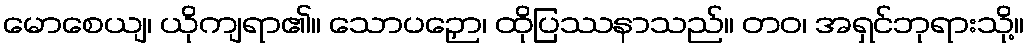
မောစေယျ၊ ယိုကျရာ၏။ သောပဉှော၊ ထိုပြဿနာသည်။ တဝ၊ အရှင်ဘုရားသို့။